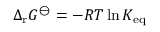
\Delta _ { \mathrm { r } } G ^ { \ominus } = - R T \ln K _ { \mathrm { e q } }